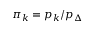
\pi _ { k } = p _ { k } / p _ { \Delta }